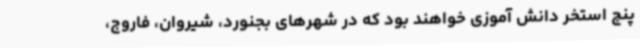
پنج استخر دانش آموزی خواهند بود که در شهرهای بجنورد، شیروان، فاروج،